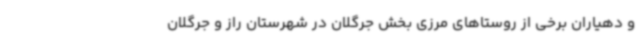
و دهیاران برخی از روستاهای مرزی بخش جرگلان در شهرستان راز و جرگلان